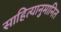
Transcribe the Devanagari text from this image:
साहित्यानुमानित